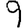
Digit: 9